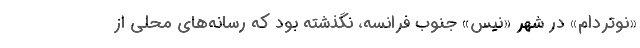
«نوتردام» در شهر «نیس» جنوب فرانسه، نگذشته بود که رسانه‌های محلی از